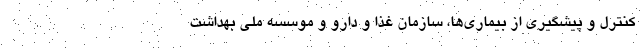
کنترل و پیشگیری از بیماری‌ها، سازمان غذا و دارو و موسسه ملی بهداشت